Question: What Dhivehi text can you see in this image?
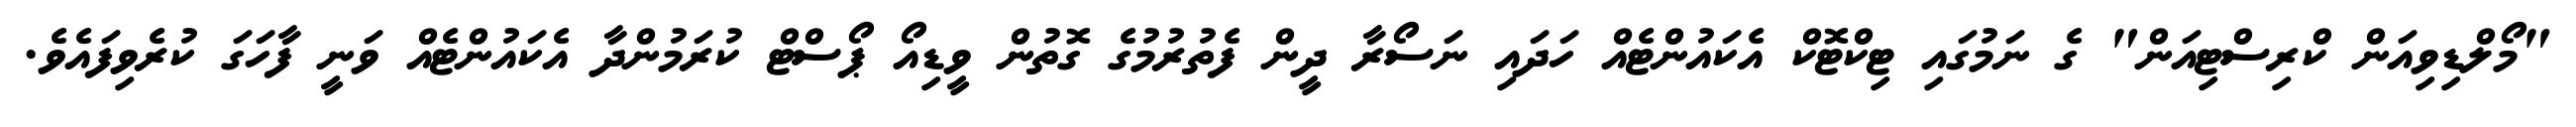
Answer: "މޯލްޑިވިއަން ކްރިސްޓިއަން" ގެ ނަމުގައި ޓިކްޓޮކް އެކައުންޓެއް ހަދައި ނަސޯރާ ދީން ފެތުރުމުގެ ގޮތުން ވީޑިއޯ ޕޯސްޓް ކުރަމުންދާ އެކައުންޓެއް ވަނީ ފާހަގަ ކުރެވިފައެވެ.